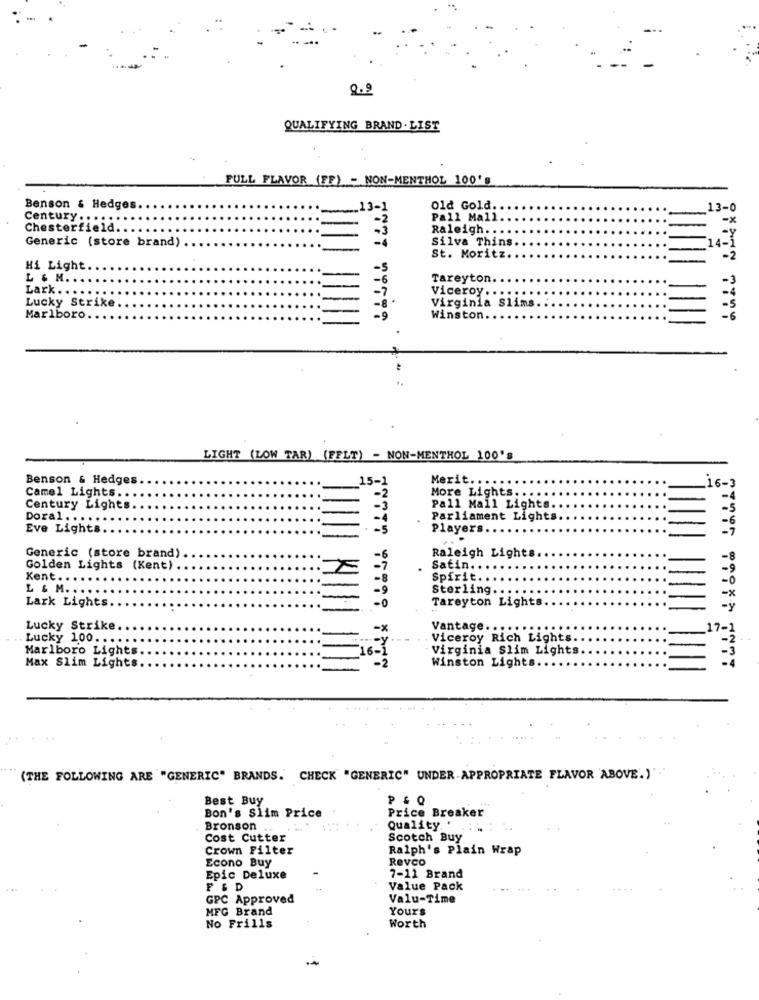
2.9
QUALIFYING BRAND .LIST
FULL FLAVOR (FF) - NON-MENTHOL 100's
Benson & Hedges
Old Gold.
13-0
Century .. .
Pall Mall.
Chesterfield.
Raleigh. . .
Generic (store brand)
Silva Thins.
14-3
St. Moritz.
Hi Light.
-5
L & M. .
Tareyton
Lark.
Viceroy ..
Lucky Strike
Virginia Slims
Marlboro
Winston.
LIGHT (LOW TAR) (FFLT) - NON-MENTHOL 100's
Benson & Hedges
5-1
Merit.
More Lights. ..
16-3
Camel Lights ...
Century Lights.
Pall Mall Lights.
Doral .....
Parliament Lights
Eve Lights.
Players
Raleigh Lights
Generic (store brand)
Golden Lights (Kent)
Satin ..
Kent ..
Spirit.
L & M. . . .
Sterling.
Lark Lights.
Tareyton Lights
Lucky Strike
-x
Vantage.
Lucky 100 ..
Viceroy Rich Lights
Marlboro Lights
Virginia Slim Lights
6-
Winston Lights.
Max Slim Lights
(THE FOLLOWING ARE "GENERIC" BRANDS. CHECK "GENERIC" UNDER-APPROPRIATE FLAVOR ABOVE.)"
Best Buy
P&Q
Bon's Slim Price
Price Breaker
Bronson
Quality.
Cost Cutter
Scotch Buy
Crown Filter
Ralph's Plain Wrap
Econo Buy
Revco
Epic Deluxe
7-11 Brand
F & D
Value Pack
GPC Approved
Valu-Time
MFG Brand
Yours
No Frills
Worth